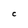
Character: C